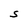
Character: S